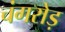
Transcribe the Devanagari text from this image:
चंगरोड़